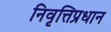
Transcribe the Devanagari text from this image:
निवृत्तिप्रधान